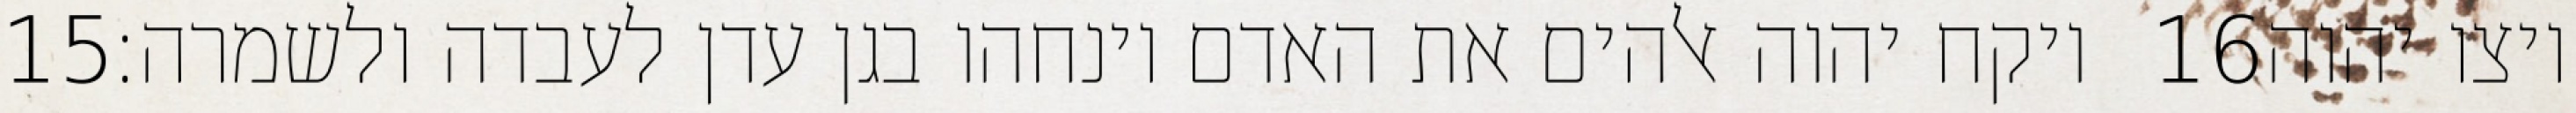
‎15‏ ויקח יהוה אלהים את האדם וינחהו בגן עדן לעבדה ולשמרה׃ ‎16‏ ויצו יהוה